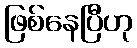
ဖြစ်နေပြီဟု